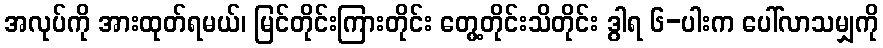
အလုပ်ကို အားထုတ်ရမယ်၊ မြင်တိုင်းကြားတိုင်း တွေ့တိုင်းသိတိုင်း ဒွါရ ၆-ပါးက ပေါ်လာသမျှကို